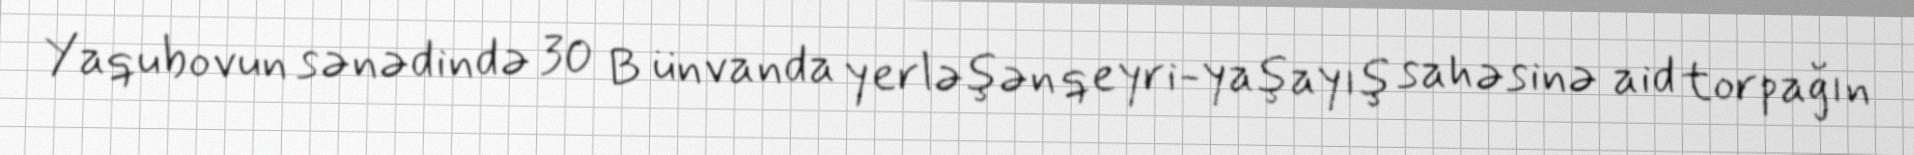
Yaqubovun sənədində 30 B ünvanda yerləşən qeyri-yaşayış sahəsinə aid torpağın